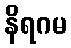
နိရဂမ